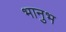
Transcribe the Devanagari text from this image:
भानुभ